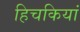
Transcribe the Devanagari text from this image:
हिचकियां